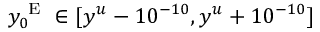
y _ { 0 } ^ { \mathrm { ~ E ~ } } \in [ y ^ { u } - 1 0 ^ { - 1 0 } , y ^ { u } + 1 0 ^ { - 1 0 } ]